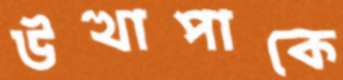
উত্থাপাকে